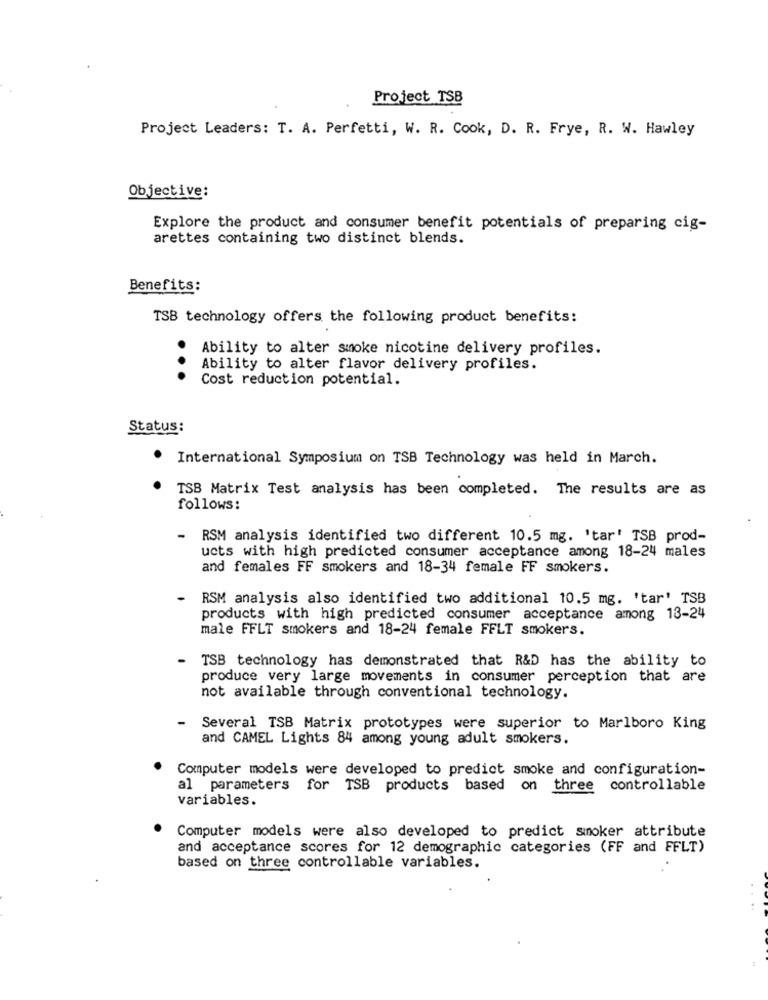
Project TSB
Project Leaders: T. A. Perfetti, W. R. Cook, D. R. Frye, R. W. Hawley
Objective:
Explore the product and consumer benefit potentials of preparing cig-
arettes containing two distinct blends.
Benefits:
TSB technology offers the following product benefits:
Ability to alter smoke nicotine delivery profiles.
..
Ability to alter flavor delivery profiles.
Cost reduction potential.
Status:
International Symposium on TSB Technology was held in March.
TSB Matrix Test analysis has been completed. The results are as
follows:
-
RSM analysis identified two different 10.5 mg. 'tar' TSB prod-
ucts with high predicted consumer acceptance among 18-24 males
and females FF smokers and 18-34 female FF smokers.
RSM analysis also identified two additional 10.5 mg. 'tar' TSB
products with high predicted consumer acceptance among 13-24
male FFLT smokers and 18-24 female FFLT smokers.
TSB technology has demonstrated that R&D has the ability to
produce very large movements in consumer perception that are
not available through conventional technology.
-
Several TSB Matrix prototypes were superior to Marlboro King
and CAMEL Lights 84 among young adult smokers.
Computer models were developed to predict smoke and configuration-
al parameters for TSB products based on three controllable
variables.
Computer models were also developed to predict sinoker attribute
and acceptance scores for 12 demographic categories (FF and FFLT)
based on three controllable variables.